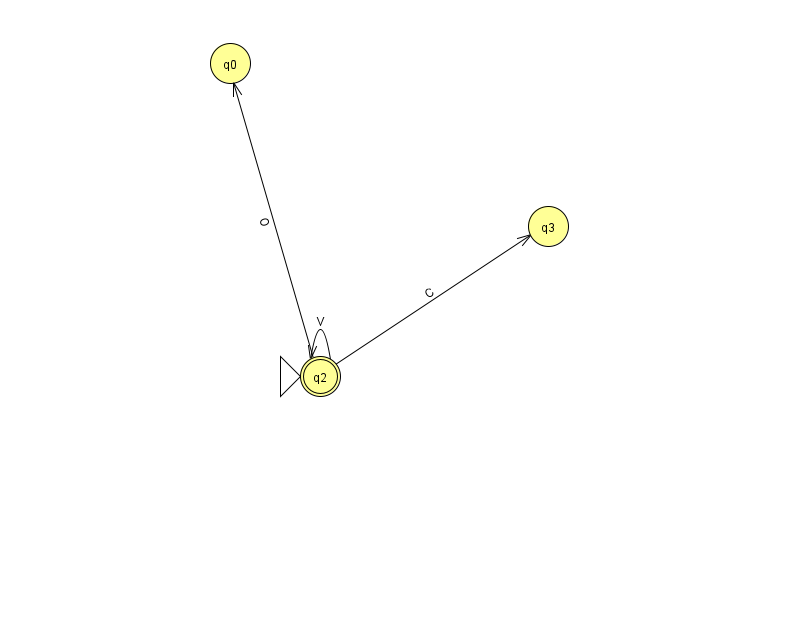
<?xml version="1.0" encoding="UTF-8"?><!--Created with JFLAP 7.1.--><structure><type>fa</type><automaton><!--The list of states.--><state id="0" name="q0"><x>230.0</x><y>50.0</y></state><state id="2" name="q2"><x>320.0</x><y>363.0</y><initial/><final/></state><state id="3" name="q3"><x>548.0</x><y>213.0</y></state><!--The list of transitions.--><transition><from>2</from><to>3</to><read>C</read></transition><transition><from>2</from><to>2</to><read>V</read></transition><transition><from>2</from><to>0</to><read>O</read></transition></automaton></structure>